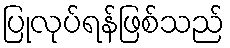
ပြုလုပ်ရန်ဖြစ်သည်